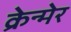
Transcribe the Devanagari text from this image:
क्रेन्मेर